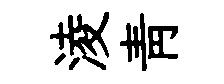
淩靑